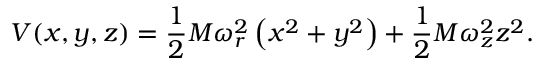
V ( x , y , z ) = \frac { 1 } { 2 } M \omega _ { r } ^ { 2 } \left( x ^ { 2 } + y ^ { 2 } \right) + \frac { 1 } { 2 } M \omega _ { z } ^ { 2 } z ^ { 2 } .